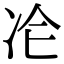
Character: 𠖸